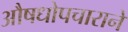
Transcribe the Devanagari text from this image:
औषधोपचाराने